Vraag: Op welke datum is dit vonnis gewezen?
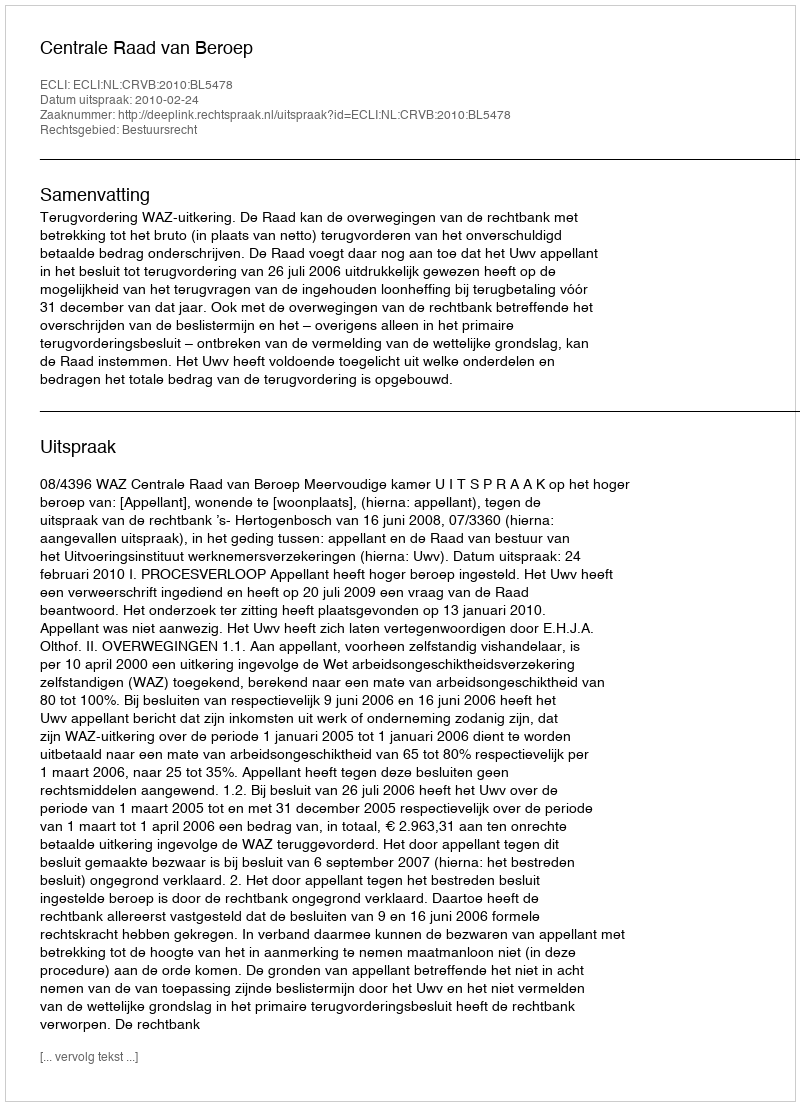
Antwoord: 2010-02-24